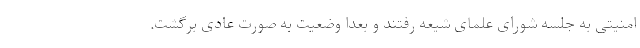
امنیتی به جلسه شورای علمای شیعه رفتند و بعدا وضعیت به صورت عادی برگشت.